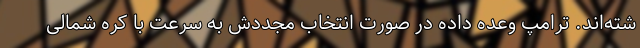
شته‌اند. ترامپ وعده داده در صورت انتخاب مجددش به سرعت با کره شمالی